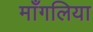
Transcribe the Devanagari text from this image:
माँगलिया